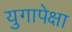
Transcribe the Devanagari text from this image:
युगापेक्षा